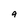
Character: q